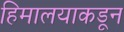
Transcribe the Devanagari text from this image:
हिमालयाकडून